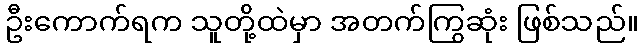
ဦးကောက်ရက သူတို့ထဲမှာ အတက်ကြွဆုံး ဖြစ်သည်။